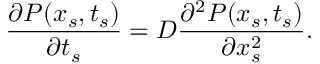
\frac { \partial P ( x _ { s } , t _ { s } ) } { \partial t _ { s } } = D \frac { \partial ^ { 2 } P ( x _ { s } , t _ { s } ) } { \partial x _ { s } ^ { 2 } } .